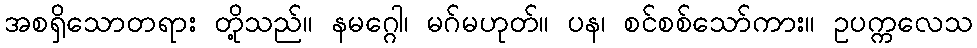
အစရှိသောတရား တို့သည်။ နမဂ္ဂေါ၊ မဂ်မဟုတ်။ ပန၊ စင်စစ်သော်ကား။ ဥပက္ကလေသ